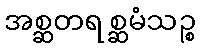
အစ္ဆတရစ္ဆမံသဉ္စ